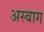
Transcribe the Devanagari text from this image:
अस्बाग